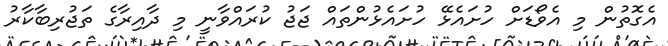
އެގޮތުން މި އެވޯޑަށް ހުށައެޅޭ ހުށައެޅުންތައް ޖަޖު ކުރައްވާނީ މި ދާއިރާގެ ތަޖުރިބާކާރު